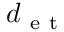
d _ { \mathrm { ~ e ~ t ~ } }